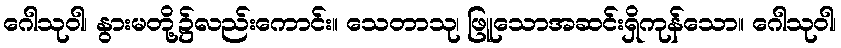
ဂေါသုဝါ၊ နွားမတို့၌လည်းကောင်း။ သေတာသု၊ ဖြူသောအဆင်းရှိကုန်သော။ ဂေါသုဝါ၊